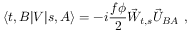
\langle t , B | V | s , A \rangle = - i \frac { f \phi } { 2 } \vec { W } _ { t , s } \vec { U } _ { B A } ~ ,